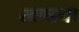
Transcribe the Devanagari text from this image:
खण्डना